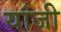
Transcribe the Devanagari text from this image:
यांजी